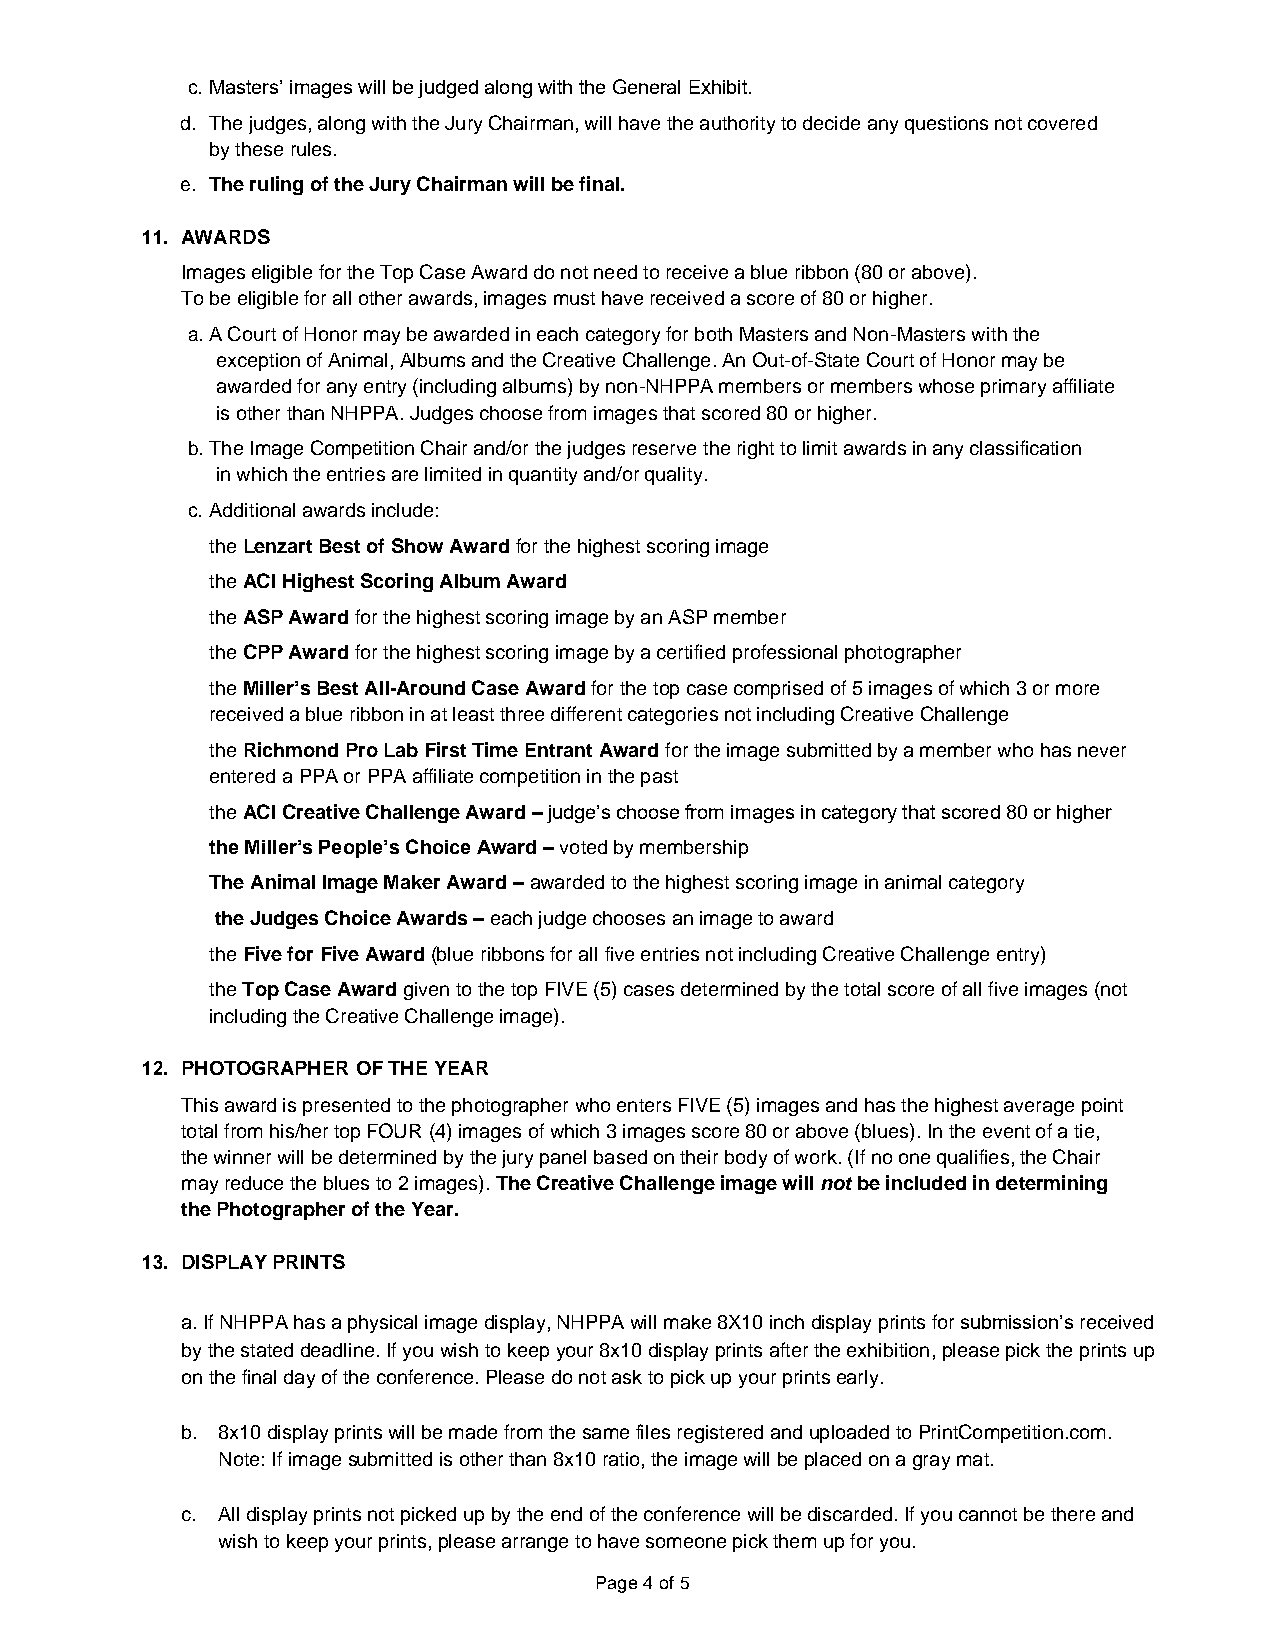
c. Masters’ images will be judged along with the General Exhibit.
 d. The judges, along with the Jury Chairman, will have the authority to decide any questions not covered
 by these rules.
 e. The ruling of the Jury Chairman will be final.
 11. AWARDS
 Images eligible for the Top Case Award do not need to receive a blue ribbon (80 or above).
 To be eligible for all other awards, images must have received a score of 80 or higher.
 a. A Court of Honor may be awarded in each category for both Masters and Non-Masters with the
 exception of Animal, Albums and the Creative Challenge. An Out-of-State Court of Honor may be
 awarded for any entry (including albums) by non-NHPPA members or members whose primary affiliate
 is other than NHPPA. Judges choose from images that scored 80 or higher.
 b. The Image Competition Chair and/or the judges reserve the right to limit awards in any classification
 in which the entries are limited in quantity and/or quality.
 c. Additional awards include:
 the Lenzart Best of Show Award for the highest scoring image
 the ACI Highest Scoring Album Award
 the ASP Award for the highest scoring image by an ASP member
 the CPP Award for the highest scoring image by a certified professional photographer
 the Miller’s Best All-Around Case Award for the top case comprised of 5 images of which 3 or more
 received a blue ribbon in at least three different categories not including Creative Challenge
 the Richmond Pro Lab First Time Entrant Award for the image submitted by a member who has never
 entered a PPA or PPA affiliate competition in the past
 the ACI Creative Challenge Award – judge’s choose from images in category that scored 80 or higher
 the Miller’s People’s Choice Award – voted by membership
 The Animal Image Maker Award – awarded to the highest scoring image in animal category
 the Judges Choice Awards – each judge chooses an image to award
 the Five for Five Award (blue ribbons for all five entries not including Creative Challenge entry)
 the Top Case Award given to the top FIVE (5) cases determined by the total score of all five images (not
 including the Creative Challenge image).
 12. PHOTOGRAPHER OF THE YEAR
 This award is presented to the photographer who enters FIVE (5) images and has the highest average point
 total from his/her top FOUR (4) images of which 3 images score 80 or above (blues). In the event of a tie,
 the winner will be determined by the jury panel based on their body of work. (If no one qualifies, the Chair
 may reduce the blues to 2 images). The Creative Challenge image will not be included in determining
 the Photographer of the Year.
 13. DISPLAY PRINTS
 a. If NHPPA has a physical image display, NHPPA will make 8X10 inch display prints for submission’s received
 by the stated deadline. If you wish to keep your 8x10 display prints after the exhibition, please pick the prints up
 on the final day of the conference. Please do not ask to pick up your prints early.
 b. 8x10 display prints will be made from the same files registered and uploaded to PrintCompetition.com.
 Note: If image submitted is other than 8x10 ratio, the image will be placed on a gray mat.
 c. All display prints not picked up by the end of the conference will be discarded. If you cannot be there and
 wish to keep your prints, please arrange to have someone pick them up for you.
 Page 4 of 5